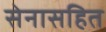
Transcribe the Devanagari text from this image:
सेनासहित